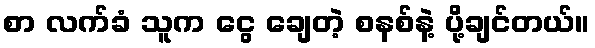
စာ လက်ခံ သူက ငွေ ချေတဲ့ စနစ်နဲ့ ပို့ချင်တယ်။